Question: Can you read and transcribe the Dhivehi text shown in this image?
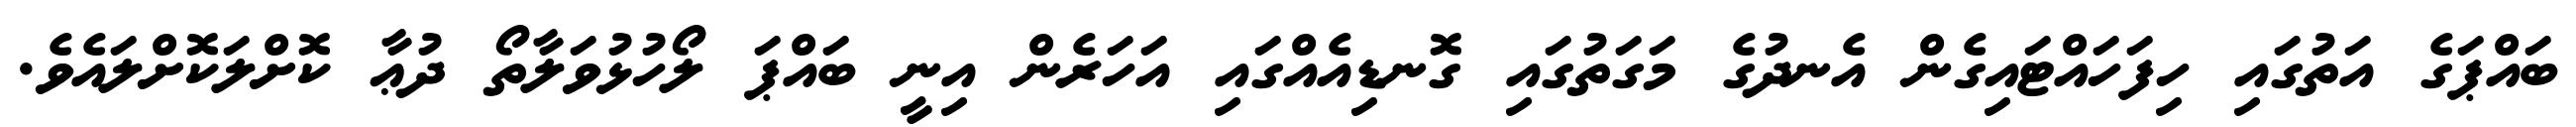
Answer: ބައްޕަގެ އަތުގައި ހިފަހައްޓައިގެން އެނދުގެ މަގަތުގައި ގޮނޑިއެއްގައި އަހަރެން އިނީ ބައްޕަ ލޯހުޅުވަލާތޯ ދުޢާ ކޮށްލަކޮށްލައެވެ.